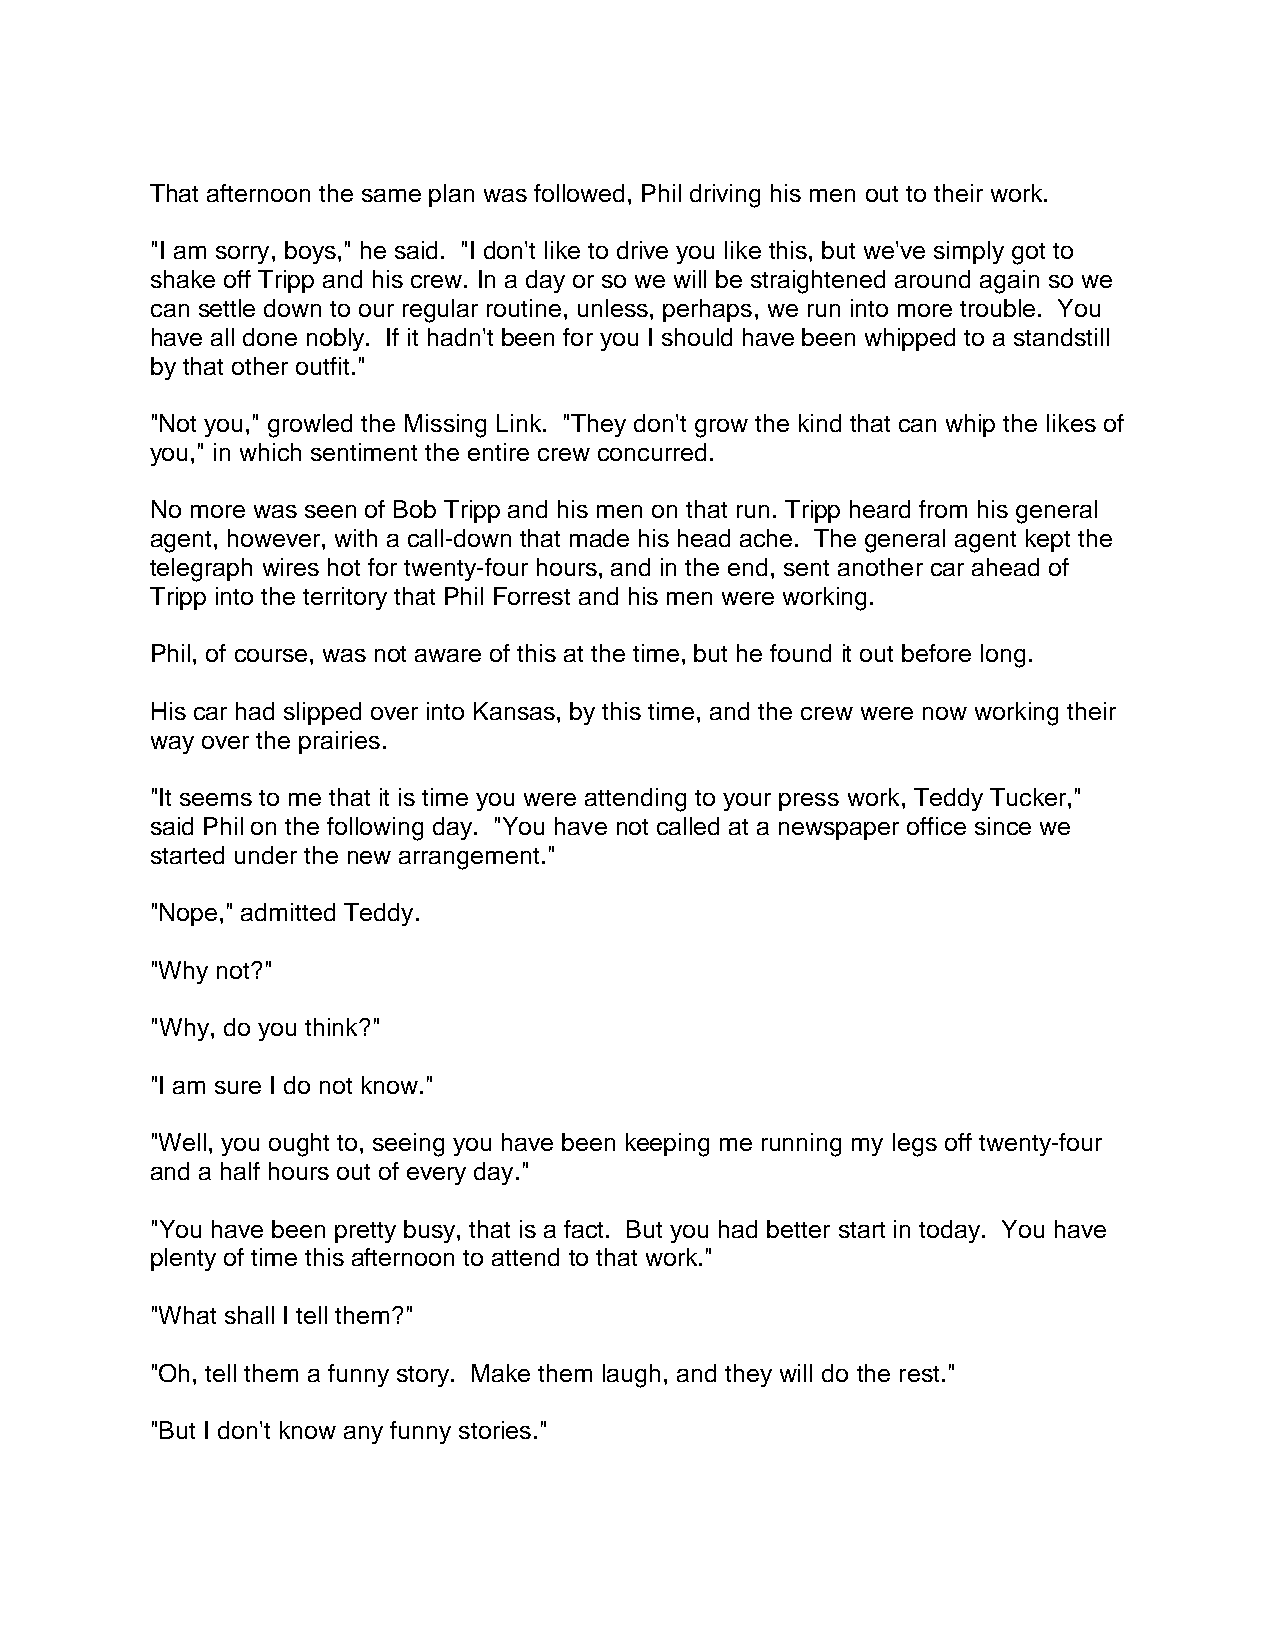
That afternoon the same plan was followed, Phil driving his men out to their work.
 "I am sorry, boys," he said. "I don't like to drive you like this, but we've simply got to
 shake off Tripp and his crew. In a day or so we will be straightened around again so we
 can settle down to our regular routine, unless, perhaps, we run into more trouble. You
 have all done nobly. If it hadn't been for you I should have been whipped to a standstill
 by that other outfit."
 "Not you," growled the Missing Link. "They don't grow the kind that can whip the likes of
 you," in which sentiment the entire crew concurred.
 No more was seen of Bob Tripp and his men on that run. Tripp heard from his general
 agent, however, with a call-down that made his head ache. The general agent kept the
 telegraph wires hot for twenty-four hours, and in the end, sent another car ahead of
 Tripp into the territory that Phil Forrest and his men were working.
 Phil, of course, was not aware of this at the time, but he found it out before long.
 His car had slipped over into Kansas, by this time, and the crew were now working their
 way over the prairies.
 "It seems to me that it is time you were attending to your press work, Teddy Tucker,"
 said Phil on the following day. "You have not called at a newspaper office since we
 started under the new arrangement."
 "Nope," admitted Teddy.
 "Why not?"
 "Why, do you think?"
 "I am sure I do not know."
 "Well, you ought to, seeing you have been keeping me running my legs off twenty-four
 and a half hours out of every day."
 "You have been pretty busy, that is a fact. But you had better start in today. You have
 plenty of time this afternoon to attend to that work."
 "What shall I tell them?"
 "Oh, tell them a funny story. Make them laugh, and they will do the rest."
 "But I don't know any funny stories."